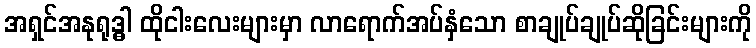
အရှင်အနုရုဒ္ဓါ ထိုငါးလေးများမှာ လာရောက်အပ်နှံသော စာချုပ်ချုပ်ဆိုခြင်းများကို